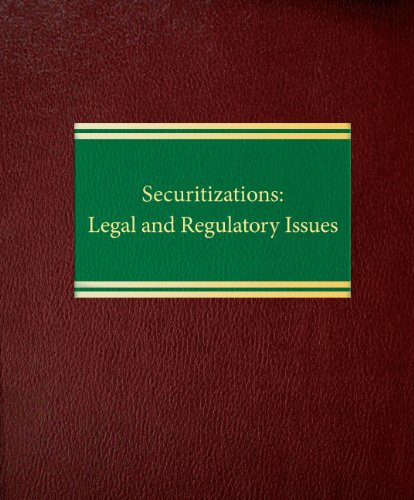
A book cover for Securitizations: Legal and Regulatory Issues (Securities Law Series); Patrick D. Dolan; Law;